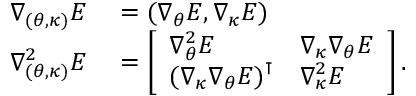
\begin{array} { r l } { \nabla _ { ( { \boldsymbol { \theta } } , { \boldsymbol { \kappa } } ) } E } & { { } = ( \nabla _ { { \boldsymbol { \theta } } } E , \nabla _ { { \boldsymbol { \kappa } } } E ) } \\ { \nabla _ { ( { \boldsymbol { \theta } } , { \boldsymbol { \kappa } } ) } ^ { 2 } E } & { { } = \left[ \begin{array} { l l } { \nabla _ { { \boldsymbol { \theta } } } ^ { 2 } E } & { \nabla _ { { \boldsymbol { \kappa } } } \nabla _ { { \boldsymbol { \theta } } } E } \\ { ( \nabla _ { { \boldsymbol { \kappa } } } \nabla _ { { \boldsymbol { \theta } } } E ) ^ { \intercal } } & { \nabla _ { { \boldsymbol { \kappa } } } ^ { 2 } E } \end{array} \right] . } \end{array}